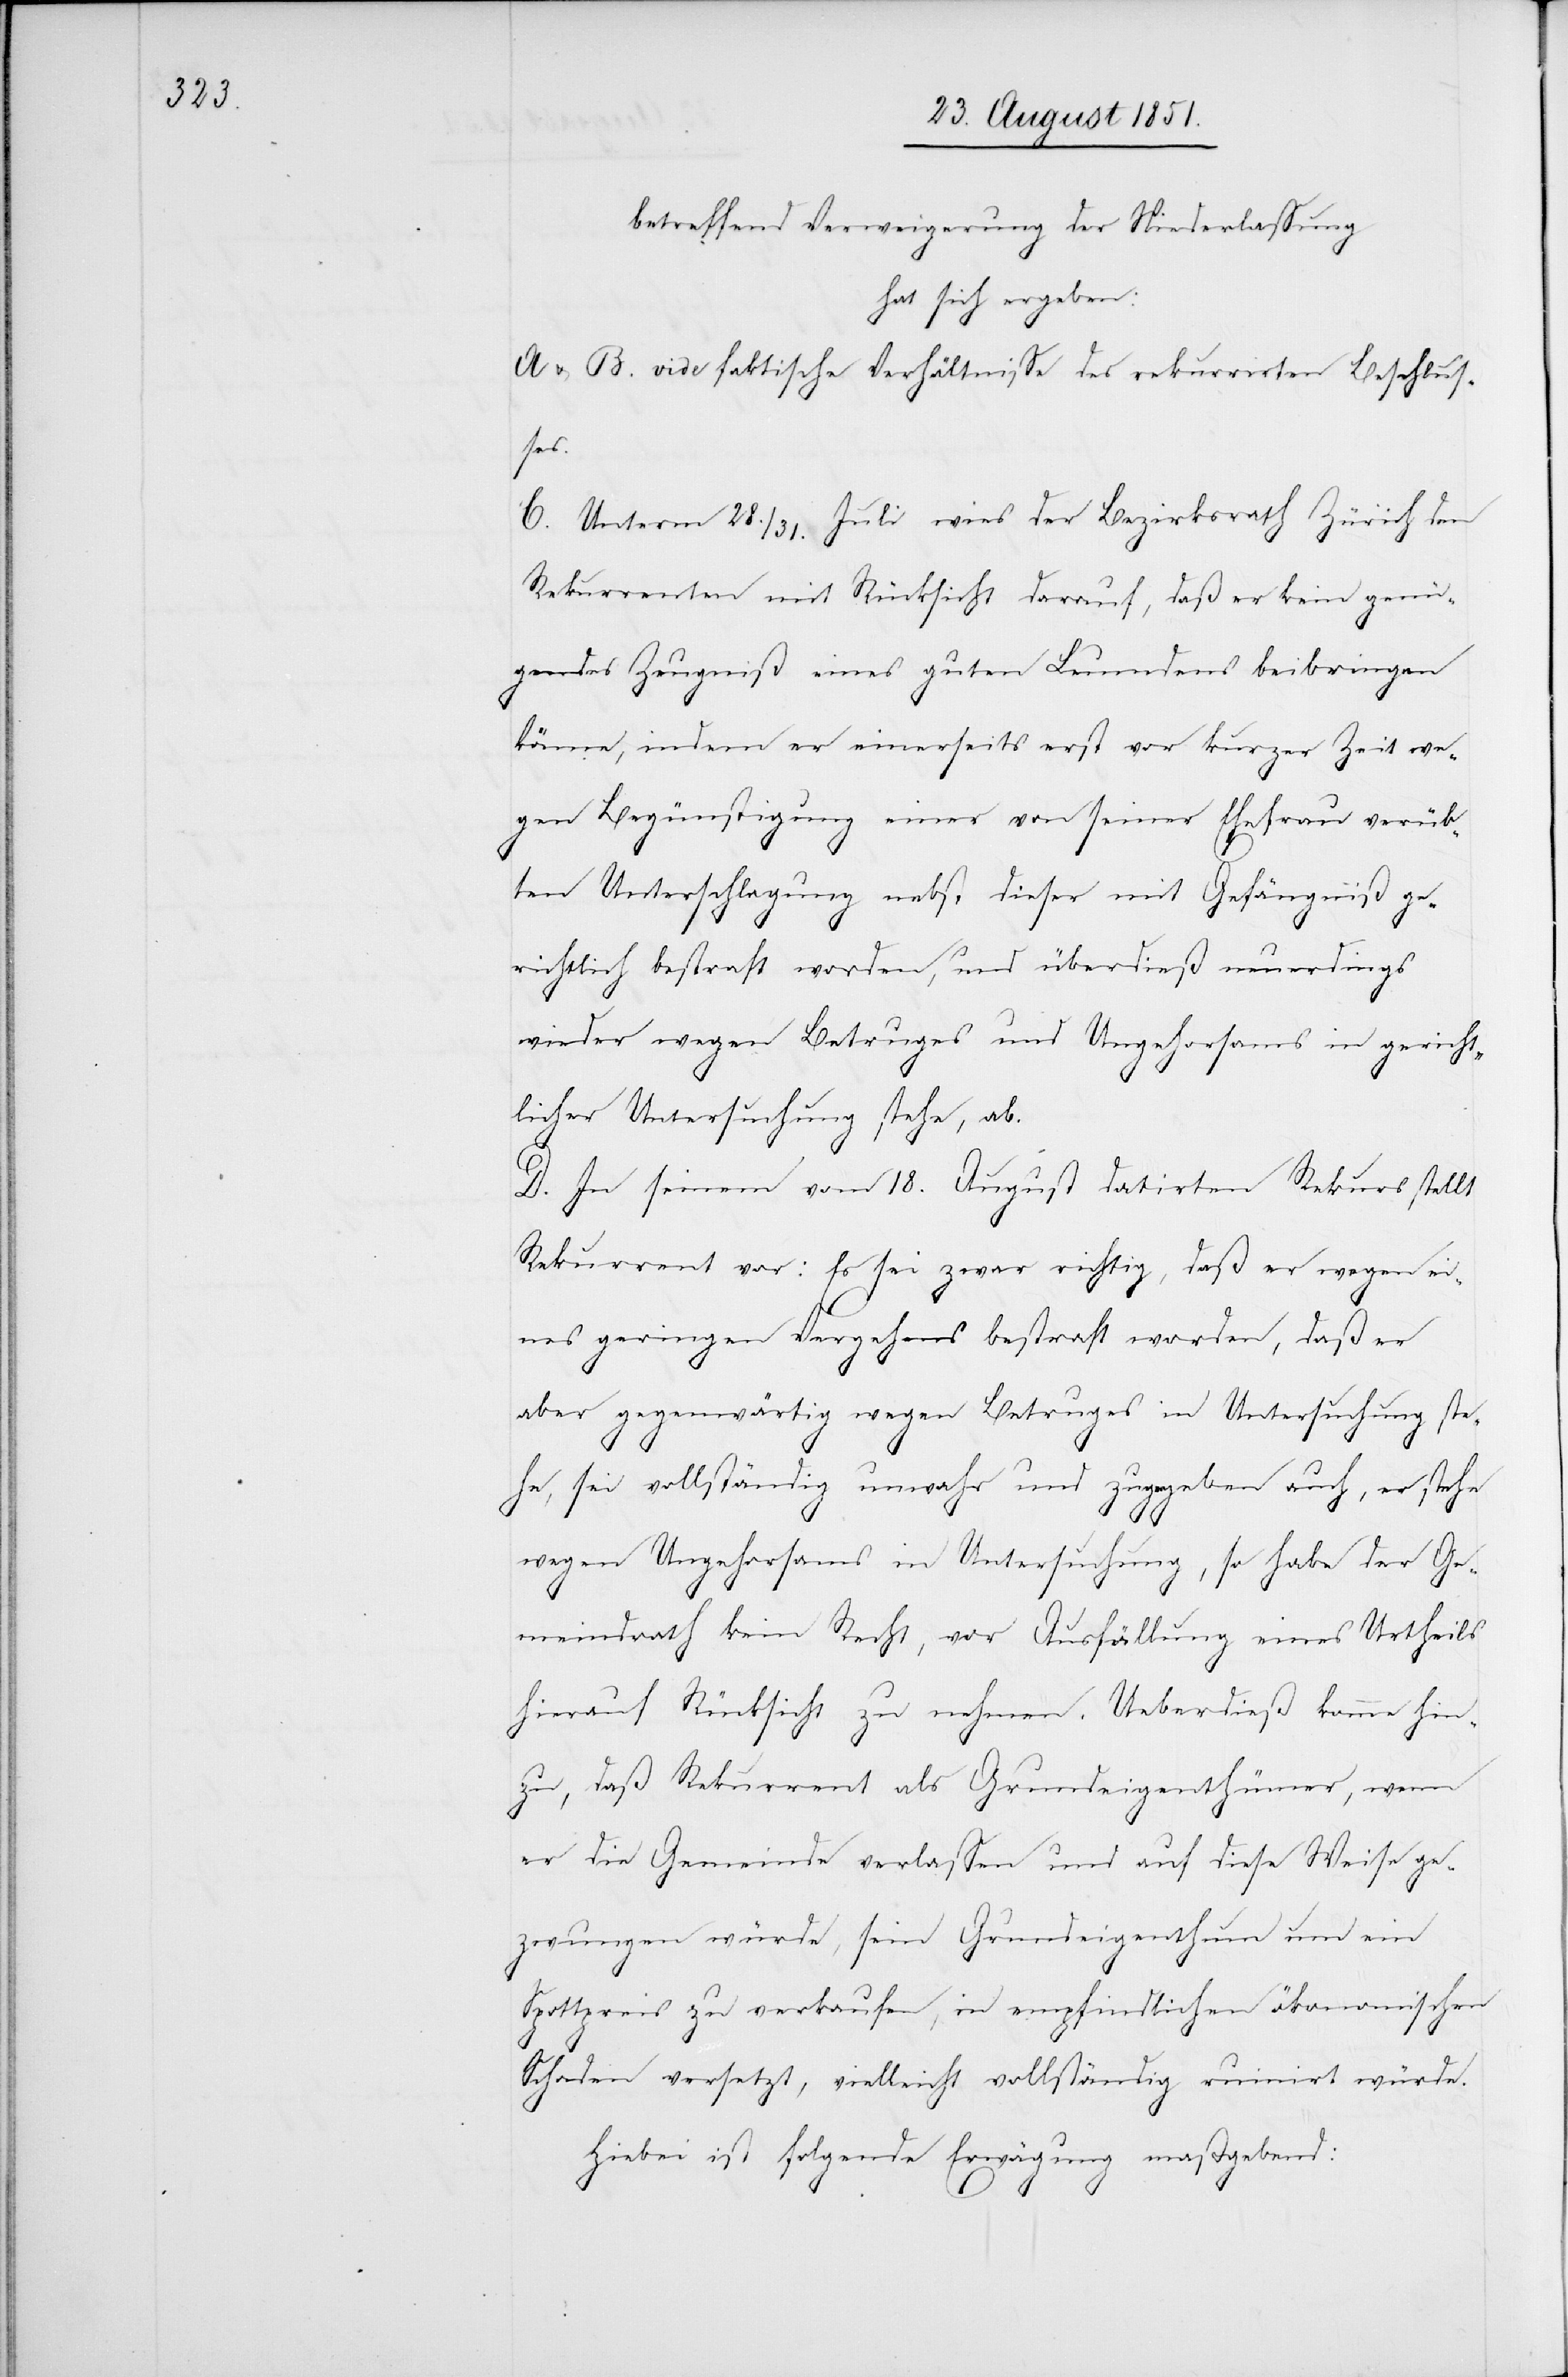
betreffend Verweigerung der Niederlassung
hat sich ergeben:
A & B. vide faktische Verhältnisse des rekurrirten Beschlus¬
ses.
C. Unterm 28. / 31. Juli wies der Bezirksrath Zürich den
Rekurrenten mit Rücksicht darauf, daß er kein genü¬
gendes Zeugniß eines guten Leumdens beibringen
könne, indem er einerseits erst vor kurzer Zeit we¬
gen Begünstigung einer von seiner Ehefrau verüb¬
ten Unterschlagung nebst dieser mit Gefängniß ge¬
richtlich bestraft worden, und überdieß neuerdings
wieder wegen Betruges und Ungehorsams in gericht¬
licher Untersuchung stehe, ab.
D. In seinem vom 18. August datirten Rekurs stellt
Rekurrent vor: Es sei zwar richtig, daß er wegen ei¬
nes geringen Vergehens bestraft worden, daß er
aber gegenwärtig wegen Betruges in Untersuchung ste¬
he, sei vollständig unwahr und zugegeben auch, er stehe
wegen Ungehorsams in Untersuchung, so habe der Ge¬
meindrath kein Recht, vor Ausfällung eines Urtheils
hierauf Rücksicht zu nehmen. Ueberdieß komme hin¬
zu, daß Rekurrent als Grundeigenthümer, wenn
er die Gemeinde verlassen und auf diese Weise ge¬
zwungen würde, sein Grundeigenthum um ein
Spottpreis zu verkaufen, in empfindlichen ökonomischen
Schaden versetzt, vielleicht vollständig ruinirt würde.
Hiebei ist folgende Erwägung maßgebend: